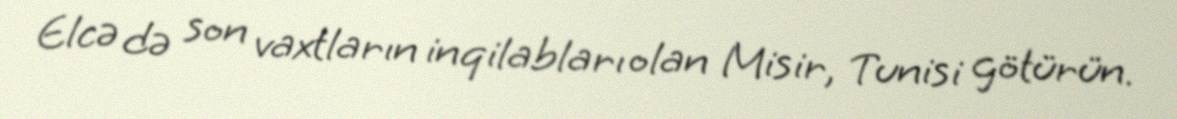
Elcə də son vaxtların inqilabları olan Misir, Tunisi götürün.